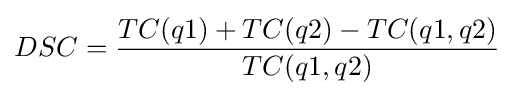
DSC={TC(q1)+TC(q2)-TC(q1,q2) \over TC(q1,q2)}